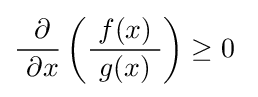
{\frac {\ \partial }{\ \partial x}}\left({\frac {f(x)}{\ g(x)\ }}\right)\geq 0\